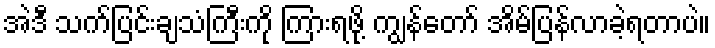
အဲဒီ သက်ပြင်းချသံကြီးကို ကြားရဖို့ ကျွန်တော် အိမ်ပြန်လာခဲ့ရတာပဲ။